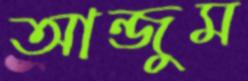
আন্জুম